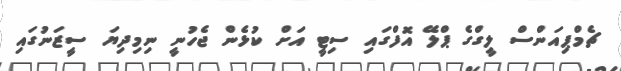
ޗެމްޕިއަންސް ލީގްގެ ޕްލޭ އޮފްގައި ސިޓީ އަށް ކުޅެން ޖެހުނީ ނިމިދިޔަ ސީޒަނުގައި